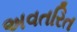
અવતરિત